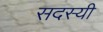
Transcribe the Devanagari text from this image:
सदस्यी